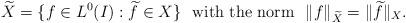
LaTeX: \begin{align*} \widetilde{X}=\{f\in L^0(I): \widetilde{f}\in X\} ~~ {\rm with ~the ~norm } ~~ \|f\|_{\widetilde{X}}=\|\widetilde{f}\|_{X}.\end{align*}